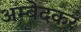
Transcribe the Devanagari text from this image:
अम्बेदकर